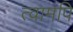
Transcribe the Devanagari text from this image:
त्वामपि